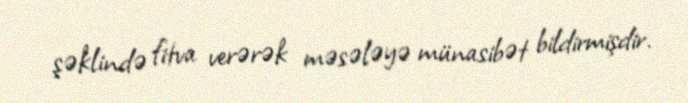
şəklində fitva verərək məsələyə münasibət bildirmişdir.